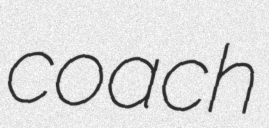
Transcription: coach